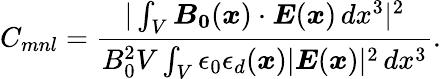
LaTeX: C_{mnl}=\frac{|\int_{V}\boldsymbol{B_{0}}(\boldsymbol{x})\cdot\boldsymbol{E}(\boldsymbol{x})\, dx^{3}|^{2}}{B_{0}^{2}V\int_{V}\epsilon_{0}\epsilon_{d}(\boldsymbol{x})|\boldsymbol{E}(\boldsymbol{x})|^{2}\, dx^{3}}.